Black-water fever - Number 35
Disease focus: Fever
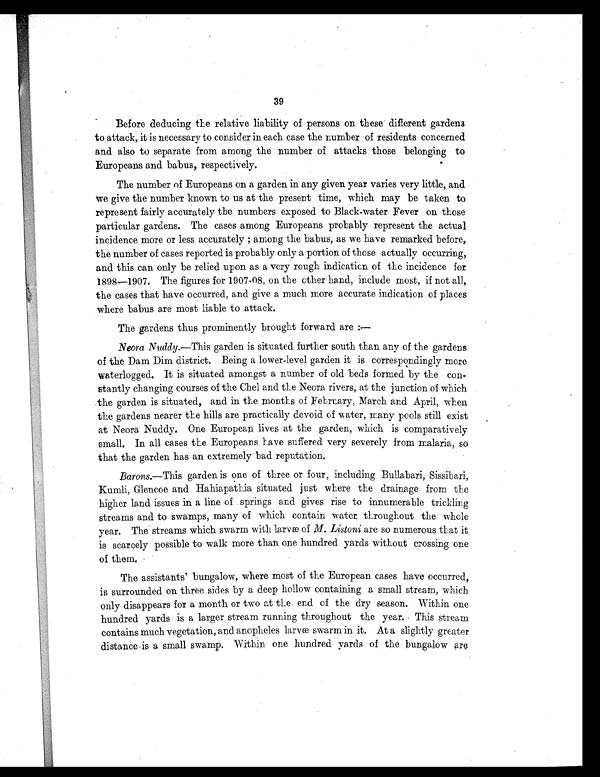
39
B Before deducing the relative liability of persons on these different gardens
to attack, it is necessary to consider in each case the number of residents concerned
and also to separate from among the number of attacks those belonging to
Europeans and babus, respectively.
The number of Europeans on a garden in any given year varies very little, and
we give the number known to us at the present time, which may be taken to
represent fairly accurately the numbers exposed to Black-water Fever on those
particular gardens. The cases among Europeans probably represent the actual
incidence more or less accurately; among the babus, as we have remarked before,
the number of cases reported is probably only a portion of those actually occurring,
and this can only be relied upon. as a very rough indication of the incidence for
1898—1907. The figures for 1907-08, on the other hand, include most, if not all,
the cases that have occurred, and give a much more accurate indication of places
where babus are most liable to attack.
The gardens thus prominently brought forward are :—
Neora Noddy.—This garden is situated further south than any of the gardens
of the Dam Dim district, Being a lower-level garden it is correspondingly more
waterlogged. It is situated amongst a number of old beds formed by the con-
stantly changing courses of the Chel and the Neora rivers, at the junction of which
the garden is situated, and in the months of February, March and April, when
the gardens nearer the hills are practically devoid of Rater, many pools still exist
at Neora Nuddy, One European lives at the garden, which is comparatively
small. In all cases the Europeans have suffered very severely from malaria, so
that the garden has an extremely bad reputation,
Barons.—This garden is one of three or four, including Bullabari, Sissibari,
Kumli, Glencoe and Hahiapathia situated just where the drainage from the
higher land issues in a line of springs and gives rise to innumerable trickling
streams and to swamps, many of which contain water throughout the whole
year. The streams which swarm with larvæ of M. Listoni are so numerous that it
is scarcely possible to walk more than one hundred yards without crossing one
of them.
The assistants' bungalow, where most of the European cases have occurred,
is surrounded on three sides by a deep hollow containing a small stream, which
only disappears for a month or two at the end of the dry season. Within one
hundred yards is a larger stream running throughout the year. This stream
contains much vegetation, and anopheles larvæ swarm in it. At a slightly greater
distance is a small swamp, Within one hundred yards of the bungalow are